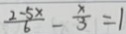
\frac { 2 - 5 x } { 6 } - \frac { x } { 3 } = 1